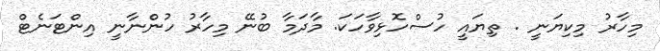
މިހާރު މިކިޔަނީ . ތިޔައީ ހުސްހޮޅިވާހަކަ. މާދަމާ ބުނޭ މިހާރު ހުންނާނީ އިންޓަނެޓް